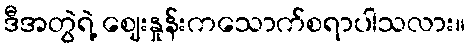
ဒီအတွဲရဲ့ ဈေးနှုန်းကသောက်စရာပါသလား။